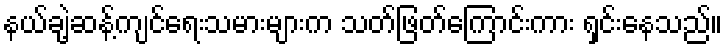
နယ်ချဲ့ဆန့်ကျင်ရေးသမားများက သတ်ဖြတ်ကြောင်းကား ရှင်းနေသည်။